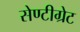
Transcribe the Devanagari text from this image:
सेण्टीग्रेट